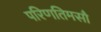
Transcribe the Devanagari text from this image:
परिणतिमसौ